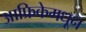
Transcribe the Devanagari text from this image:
आफ्रिकेमधून